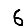
Digit: 6